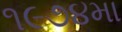
૧૯૭૪મા